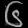
Digit: ၆